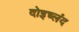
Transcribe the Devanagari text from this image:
दोइच्लंद